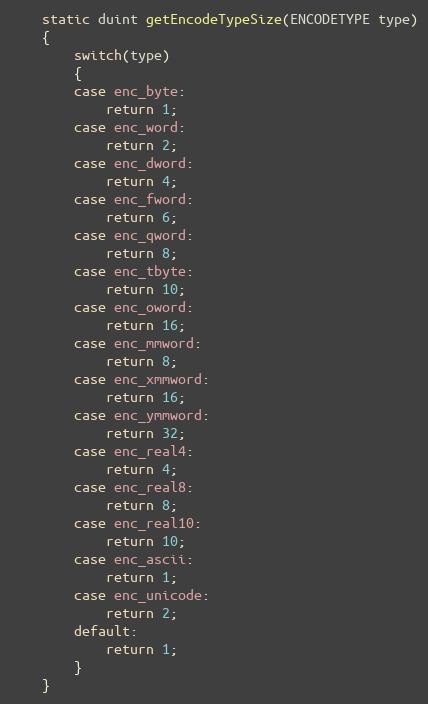
Language: C
    static duint getEncodeTypeSize(ENCODETYPE type)
    {
        switch(type)
        {
        case enc_byte:
            return 1;
        case enc_word:
            return 2;
        case enc_dword:
            return 4;
        case enc_fword:
            return 6;
        case enc_qword:
            return 8;
        case enc_tbyte:
            return 10;
        case enc_oword:
            return 16;
        case enc_mmword:
            return 8;
        case enc_xmmword:
            return 16;
        case enc_ymmword:
            return 32;
        case enc_real4:
            return 4;
        case enc_real8:
            return 8;
        case enc_real10:
            return 10;
        case enc_ascii:
            return 1;
        case enc_unicode:
            return 2;
        default:
            return 1;
        }
    }